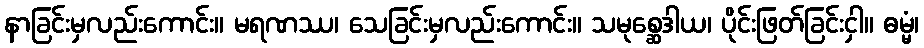
နာခြင်းမှလည်းကောင်း။ မရဏဿ၊ သေခြင်းမှလည်းကောင်း။ သမုစ္ဆေဒါယ၊ ပိုင်းဖြတ်ခြင်းငှါ။ ဓမ္မံ၊